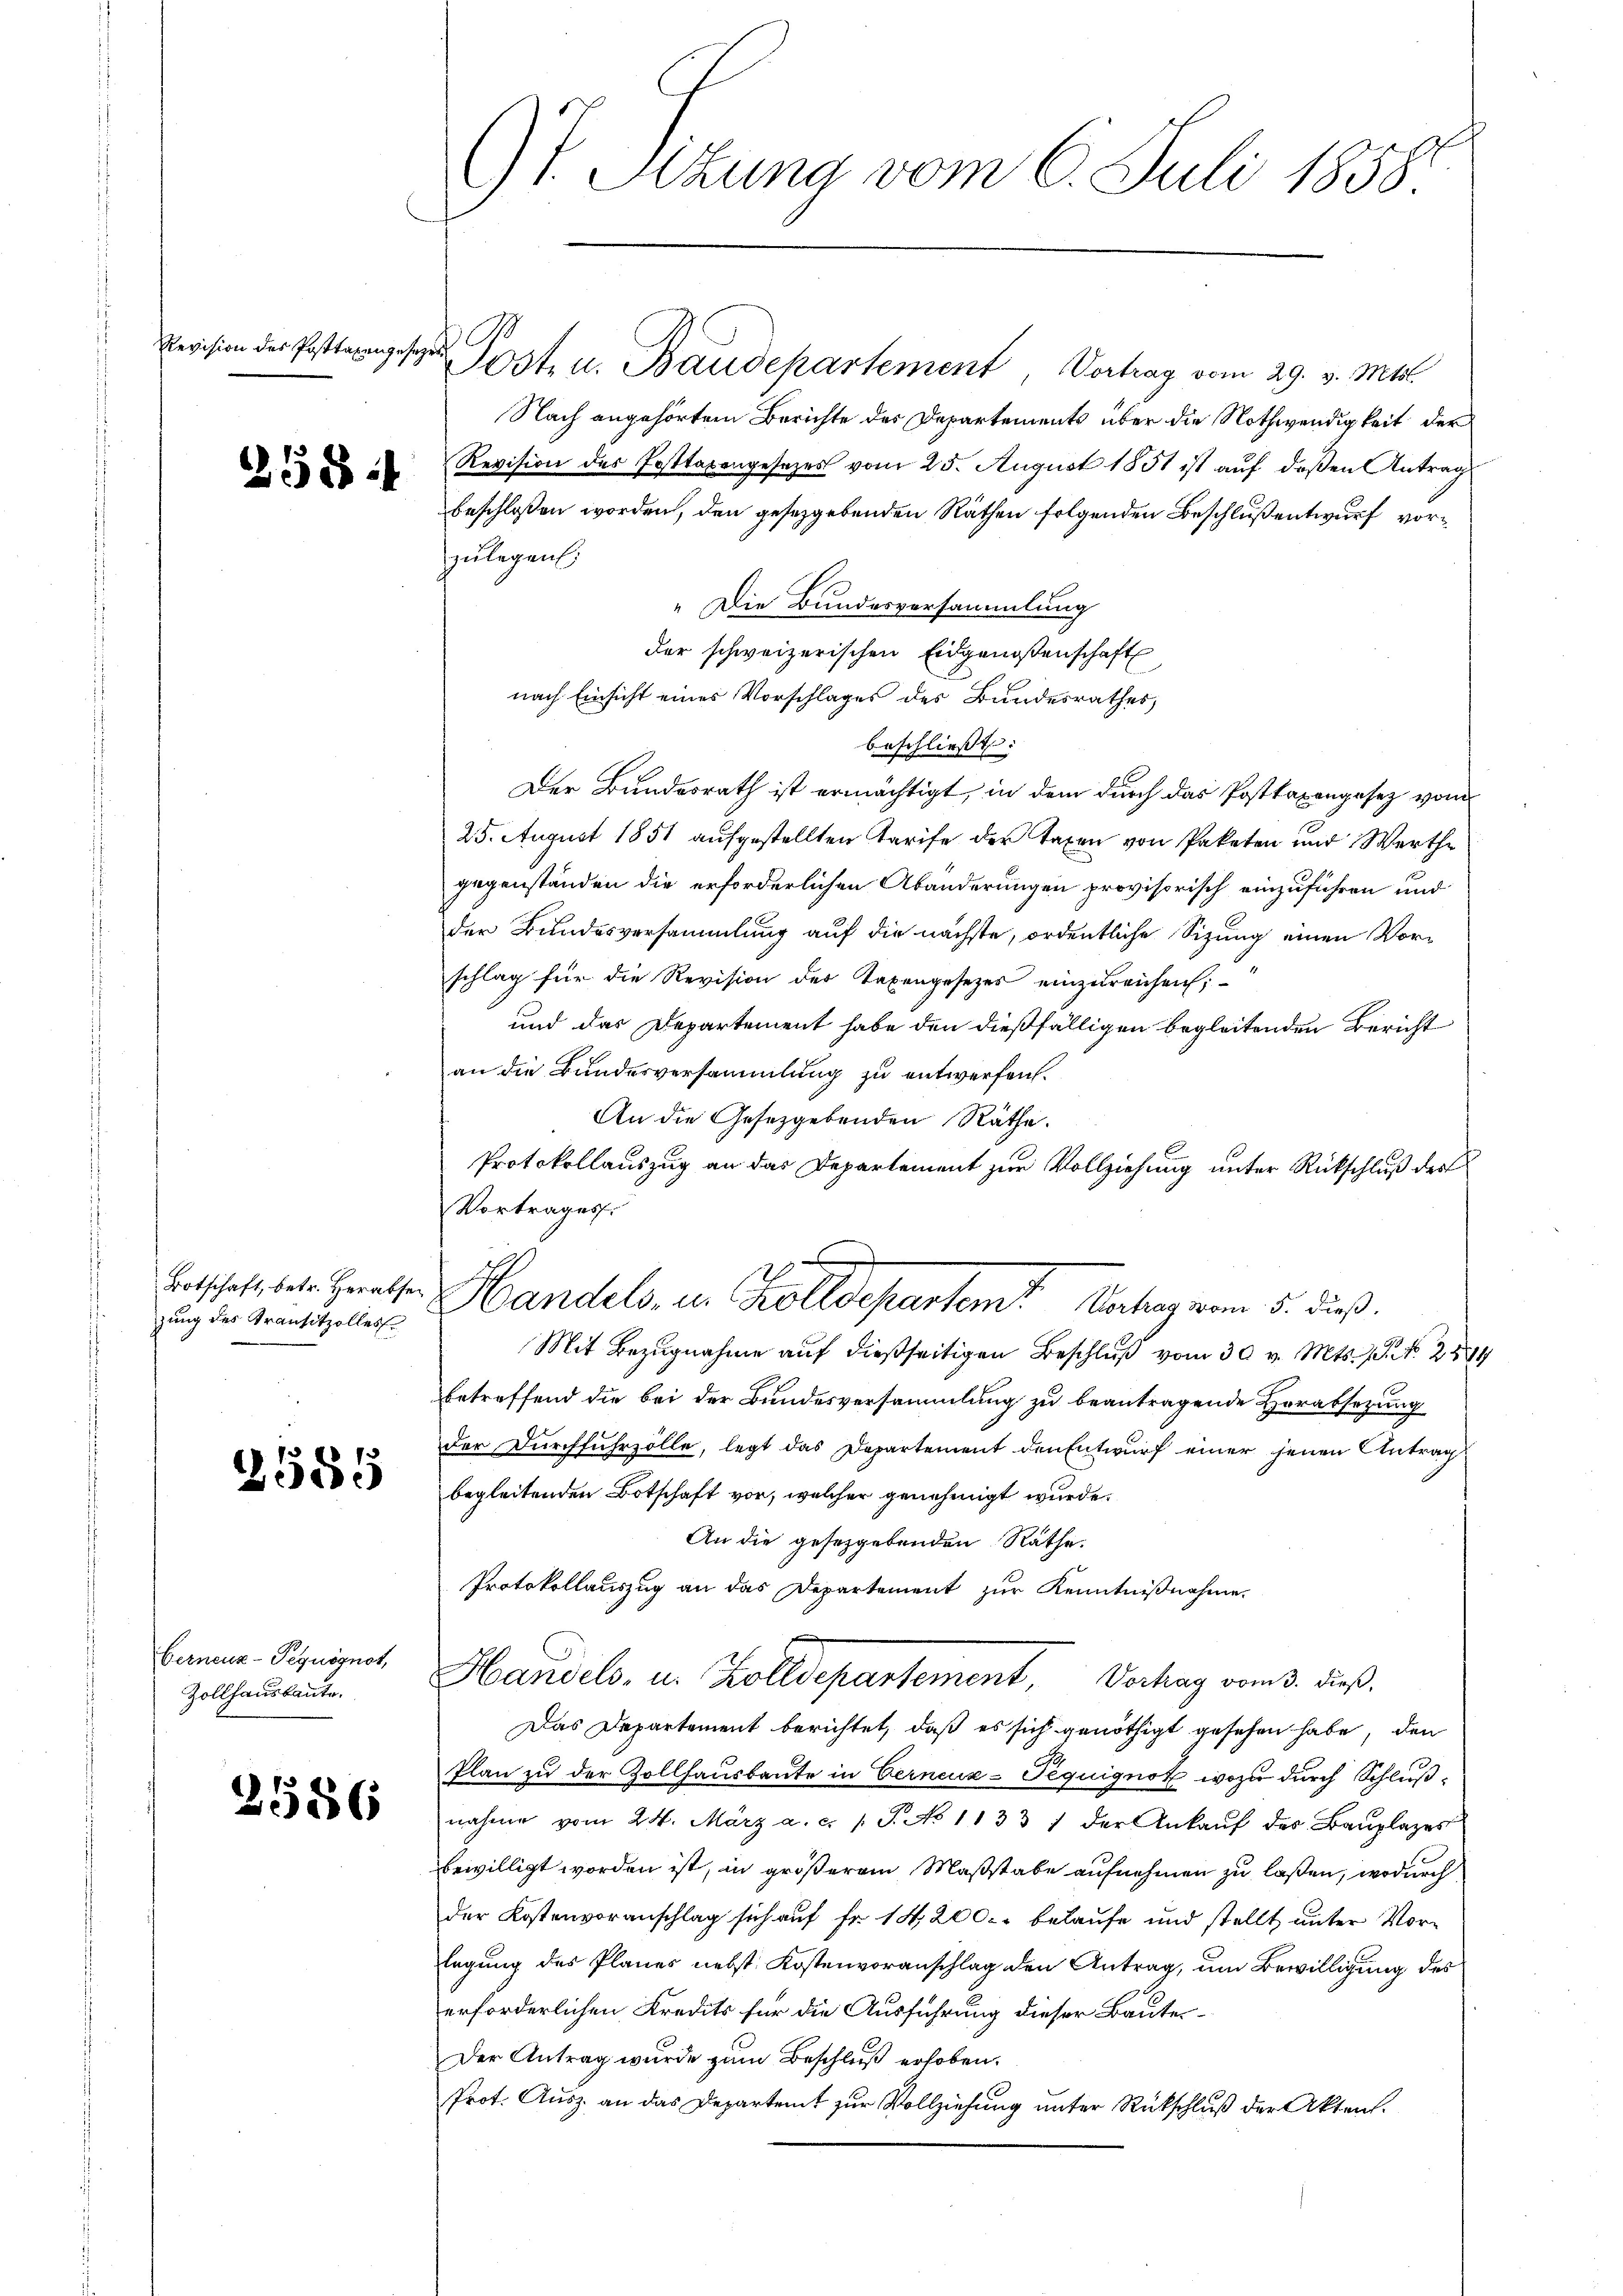
Revision des Posttaxengesezen

2584

Botschaft, betr. Herabsezung des Transitzolles

2555

Gerneuz-Pequognot,
Zollhausbaute.

2586

Gf. Sizung vom 6. Juli 1858.

G

Jost u. Baudepartement Vortrag vom 29. v. Mts.
Nach angehörtem Berichte des Departements über die Nothwendigkeit der
Revision des Posttarengesetzes vom 25. August 1851 ist aŭf deßen Antrag
beschlossen worden, den gesetzgebenden Räthen folgenden Beschluß entwurf vorzulegen.
" Die Bundesversammlung
der schweizerischen Eidgenoßenschaft
nach Einsicht eines Vorschlages des Bundesrathes,
beschließt:
Der Bundesrath ist ermächtigt, in dem durch das Posttaxengesez von
25. August 1851 aufgestellten Tarife der Taxen von Paketen und Werthe
gegenständen die erforderlichen Abänderungen provisorisch einzuführen und
der Bundesversammlung auf die nächste, ordentliche Sitzung einen Vorschlag für die Revision der Taxengesetzes einzureichen;
und das Departement habe den dießfälligen begleitenden Bericht
an die Bundesversammlung zu entwerfen.
An die Gesetzgebenden Räthe.
Protokollauszug an das Departement zur Vollziehung unter Rückschluß der
Vortrages.
Handels, u. Zolldepartem Vertrag vom 5. dieß.
Mit Bezugnahme auf dießseitigen Beschluß vom 30 v. Mts. f. No. 2881
betreffend die bei der Bundesversammlung zu beantragende Horabsetzung
der Durchfuhrzölle, legt das Departement den Entwurf einer jenen Antrag
begleitenden Botschaft vor, welcher genehmigt wurde.
An die gesetzgebenden Räthe.
Protokollauszug an das Departement zur Kenntnißnahme.
Handels, u. Zolldepartement Verhag vom 3. dieß.
Das Departement berichtet, daß es sich genöthigt gesehen habe, den
Plan zu der Zollhausbaute in Eerneue-Pequignot, wozu durch Schlußnahme vom 24. März a. c. l. J. No 1133) der Ankaŭf des Bauplazes
bewilligt worden ist, in größerem Maßstabe aufnehmen zu laßen, wodurch
der Kostenvoranschlag sich auf Fr. 14,200. belaufe und stellt unter Vorlegung des Planes nebst Kostenvoranschlag den Antrag, um Bewilligung des
erforderlichen Kredits für die Ausführung dieser Bauten¬
Der Antrag wurde zum Beschluß erhoben.
Prot. Ausz an das Departeit zur Vollziehung unter Rückschluß der Akten.